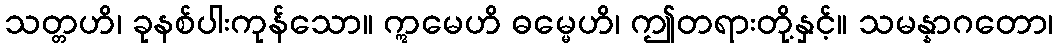
သတ္တဟိ၊ ခုနစ်ပါးကုန်သော။ ဣမေဟိ ဓမ္မေဟိ၊ ဤတရားတို့နှင့်။ သမန္နာဂတော၊